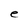
Character: e